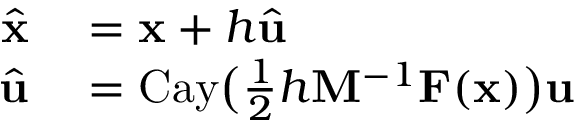
\begin{array} { r l } { \widehat \mathbf { x } } & { { } = \mathbf { x } + h \widehat \mathbf { u } } \\ { \widehat \mathbf { u } } & { { } = \mathrm { C a y } \bigl ( \frac 1 2 h \mathbf { M } ^ { - 1 } \mathbf { F } ( \mathbf { x } ) \bigr ) \mathbf { u } } \end{array}